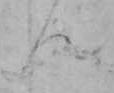
ん